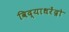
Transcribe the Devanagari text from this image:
विद्याधरेंद्रो